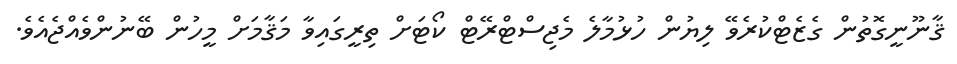
ޤާނޫނީގޮތުން ގެޒެޓްކުރެވޭ ލިޔުން ހުޅުމާލެ މެޖިސްޓްރޭޓް ކޯޓަށް ތިރީގައިވާ މަޤާމަށް މީހުން ބޭނުންވެއްޖެއެވެ.